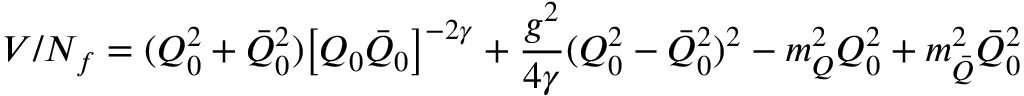
V / N _ { f } = ( Q _ { 0 } ^ { 2 } + \bar { Q } _ { 0 } ^ { 2 } ) \bigl [ Q _ { 0 } \bar { Q } _ { 0 } \bigr ] ^ { - 2 \gamma } + \frac { g ^ { 2 } } { 4 \gamma } ( Q _ { 0 } ^ { 2 } - \bar { Q } _ { 0 } ^ { 2 } ) ^ { 2 } - m _ { Q } ^ { 2 } Q _ { 0 } ^ { 2 } + m _ { \bar { Q } } ^ { 2 } \bar { Q } _ { 0 } ^ { 2 }